Lunatic asylums United Provinces 1899-1908 - 1899-1908
Year: 1899
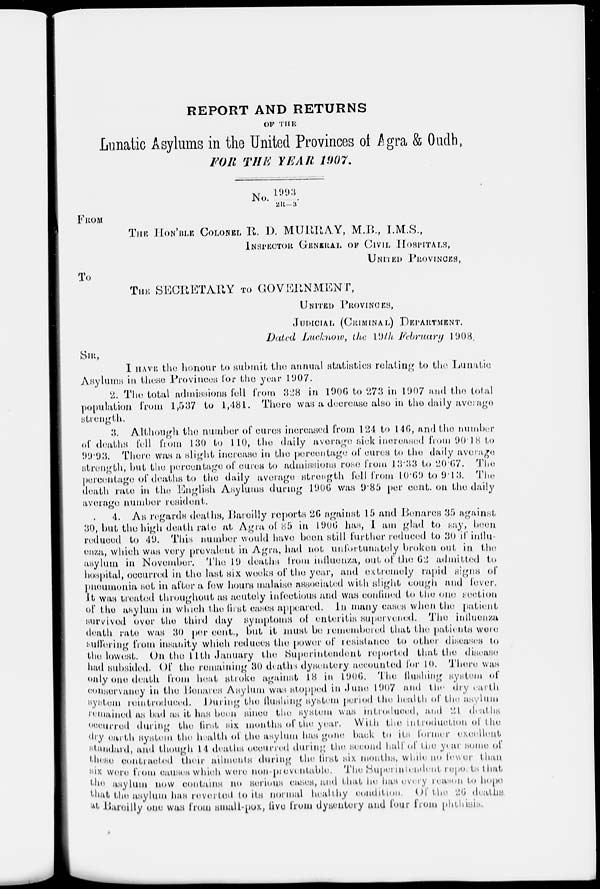
REPORT AND RETURNS
OF THE
Lunatic Asylums in the United Provinces of Agra & Oudh,
FOR THE YEAR
1907.
No.1993
2R— 3*
FROM
THE HON'BLE COLONEL R. D. MURRAY, M.B., I.M.S.,
INSPECTOR GENERAL OF CIVIL HOSPITALS,
UNITED PROVINCES,
To
THE SECRETARY TO GOVERNMENT,
UNITED PROVINCES,
JUDICIAL (CRIMINAL) DEPARTMENT.
Dated Lucknow, the 19th, February
1908.
SIR,
I HAVE the honour to submit the annual statistics relating to the Lunatic
Asylums in these Provinces for the year 1907.
2. The total admissions fell from 328 in 1906 to 273 in 1907 and the total
population from l,537 to 1,481. There was a decrease also in the daily average
strength.
3. Although the number of cures increased from 124 to 146, and the number
of deaths fell from 130 to 140, the daily average sick increased from 90.18 to
99.93
There was a slight increase in the percentage of cures to the daily average
strength, but the percentage of cures to admissions rose from 13.33 to 20.67. The
percentage of deaths to the daily average strength fell from 10.69 to 9.13. The
death rate in the English Asylums during 1906 was 9.85 per cent. on the daily
average number resident.
4. As regards deaths, Bareilly reports 26 against 15 and Benares 35 against
30, but the high death rate at Agra of 85 in 1906 has, I am glad to say, been
reduced to 49. This number would have been still further reduced to 30 if influ-
enza, which was very prevalent in Agra, had not unfortunately broken out in the
asylum in November. The 19 deaths from influenza, out of the 62 admitted to
hospital, occurred in the last six weeks of the year, and extremely rapid signs of
pneumonia set in after a few hours malaise associated with slight cough and fever.
It was treated throughout as acutely infectious and was confined to the one section
of the asylum in which the first cases appeared. In many cases when the patient
survived over the third day symptoms of enteritis supervened. The influenza
death rate was 30 per cent., but it must be remembered that the patients were
suffering from insanity which reduces the power of resistance to other diseases to
the lowest. On the 11th January the Superintendent reported that the disease
had subsided. Of the remaining 30 deaths dysentery accounted for 10. There was
only one death from heat stroke against 18 in 1906. The flushing system of
conservancy in the Benares Asylum was stopped in June 1907 and the dry earth
system reintroduced. During the flushing system period the health of the asylum
remained as bad as it has been since the system was introduced, and 21 deaths
occurred during the first six months of the year. With the introduction of the
dry earth system the health of the asylum has gone back to its former excellent
standard, and though 14 deaths occurred during the second half of the year some of
these contracted their ailments during the first six months, while no fewer than
six were from causes which were non-preventable. The Superintendent reports that
the asylum now contains no serious cases, and that he has every reason to hope
that the asylum has reverted to its normal healthy condition. Of the 26 deaths
at Bareilly one was from small-pox, five from dysentery and four from phthisis.